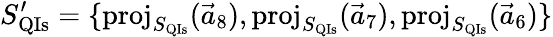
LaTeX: S_{\mathrm{QIs}}^{\prime}=\{ \mathrm{proj}_{S_{\mathrm{QIs}}}(\vec{a}_{8}),\mathrm{proj}_{S_{\mathrm{QIs}}}(\vec{a}_{7}),\mathrm{proj}_{S_{\mathrm{QIs}}}(\vec{a}_{6})\}